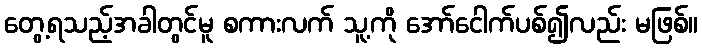
တွေ့ရသည့်အခါတွင်မူ စကားလက် သူ့ကို အော်ငေါက်ပစ်၍လည်း မဖြစ်။